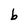
Character: b